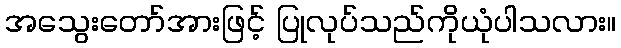
အသွေးတော်အားဖြင့် ပြုလုပ်သည်ကိုယုံပါသလား။